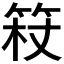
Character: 𱷿